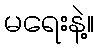
မရေးနဲ့။